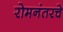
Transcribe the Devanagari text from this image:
रोमनंतरचे